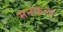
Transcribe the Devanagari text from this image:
मनकला